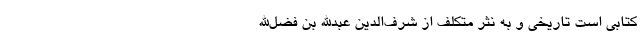
کتابی است تاریخی و به نثر متکلّف از شرف‌الدین عبدالله بن فضل‌الله